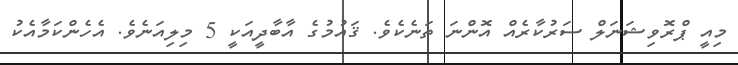
މިއީ ޕްރޮވިޝަނަލް ސަރުކާރެއް އޮންނަ ތަނެކެވެ. ޤައުމުގެ އާބާދީއަކީ 5 މިލިއަނެވެ. އެހެންކަމާއެކު